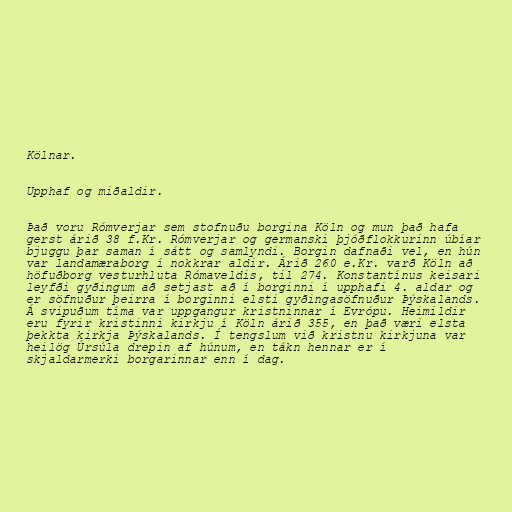
Kölnar.

Upphaf og miðaldir.

Það voru Rómverjar sem stofnuðu borgina Köln og mun það hafa
gerst árið 38 f.Kr. Rómverjar og germanski þjóðflokkurinn úbíar
bjuggu þar saman í sátt og samlyndi. Borgin dafnaði vel, en hún
var landamæraborg í nokkrar aldir. Árið 260 e.Kr. varð Köln að
höfuðborg vesturhluta Rómaveldis, til 274. Konstantínus keisari
leyfði gyðingum að setjast að í borginni í upphafi 4. aldar og
er söfnuður þeirra í borginni elsti gyðingasöfnuður Þýskalands.
Á svipuðum tíma var uppgangur kristninnar í Evrópu. Heimildir
eru fyrir kristinni kirkju í Köln árið 355, en það væri elsta
þekkta kirkja Þýskalands. Í tengslum við kristnu kirkjuna var
heilög Úrsúla drepin af húnum, en tákn hennar er í
skjaldarmerki borgarinnar enn í dag.